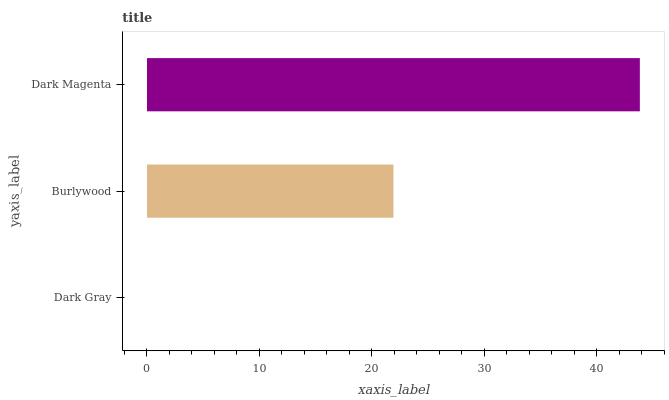
| yaxis_label | bars |
 | --- | --- |
 | Dark Gray | 0 |
 | Burlywood | 21.9 |
 | Dark Magenta | 43.8 |